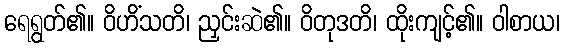
ရေရွတ်၏။ ဝိဟိံသတိ၊ ညှင်းဆဲ၏။ ဝိတုဒတိ၊ ထိုးကျင့်၏။ ဝါစာယ၊